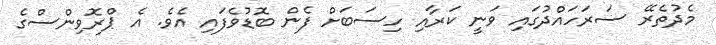
މެދުތެރޭ ސަރަހައްދުގައި ވަނީ ކަރާއި ހިސަބަށް ފެން ބޮޑުވެފައި އެވެ. އެ ޕްރޮވިންސްގެ